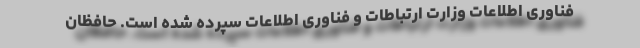
فناوری اطلاعات وزارت ارتباطات و فناوری اطلاعات سپرده‌ شده است. حافظان